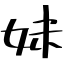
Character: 妹